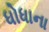
ધોધાના